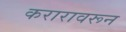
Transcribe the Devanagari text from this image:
करारावरून